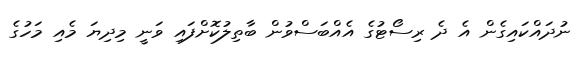
ނުދައްކައިގެން އެ ދެ ރިސޯޓުގެ އެއްބަސްވުން ބާތިލުކޮށްފައި ވަނީ މިދިޔަ މެއި މަހުގެ